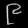
Digit: ၉